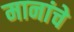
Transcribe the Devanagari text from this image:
मानांचे